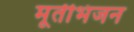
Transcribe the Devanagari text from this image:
मूर्तीभंजन